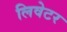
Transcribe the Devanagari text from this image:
लिवेटर